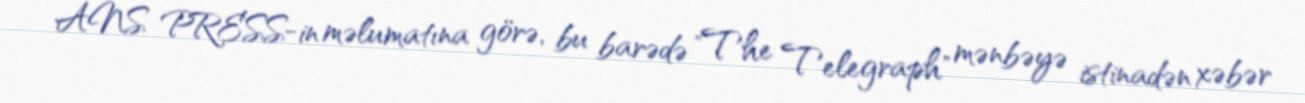
ANS PRESS-in məlumatına görə, bu barədə "The Telegraph" mənbəyə istinadən xəbər